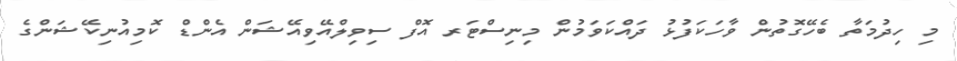
މި ހިދުމަތާ ބެހޭގޮތުން ވާހަކަފުޅު ދައްކަވަމުން މިނިސްޓަރ އޮފް ސިވިލްއޭވިއޭޝަން އެންޑް ކޮމިއުނިކޭޝަންގެ